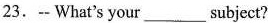
23.-- What's your___subject?